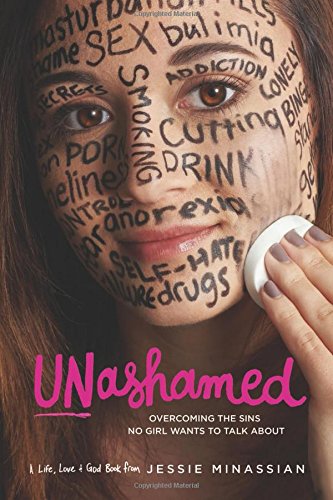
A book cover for Unashamed: Overcoming the Sins No Girl Wants to Talk About; Jessie Minassian; Christian Books & Bibles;